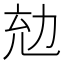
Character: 𠡜